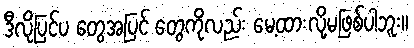
ဒီလိုပြင်ပ တွေအပြင် တွေကိုလည်း မေ့ထားလို့မဖြစ်ပါဘူး။